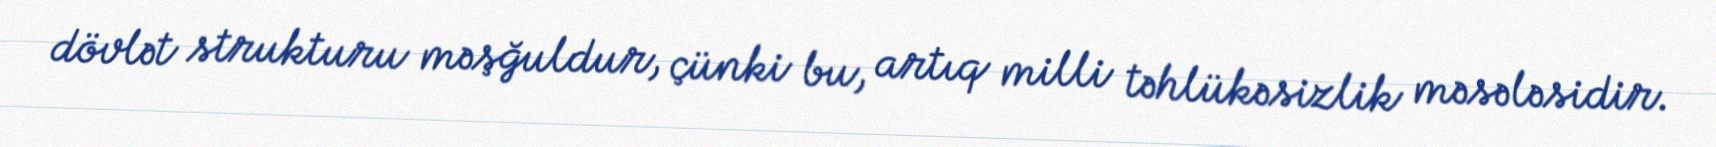
dövlət strukturu məşğuldur, çünki bu, artıq milli təhlükəsizlik məsələsidir.